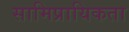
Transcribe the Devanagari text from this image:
सामिप्रायिकता